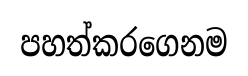
පහත්කරගෙනම